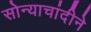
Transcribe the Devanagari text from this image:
सोन्याचांदीने